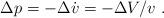
LaTeX: \begin{align*}\Delta p = -\Delta \dot{v} =- \Delta V /v \ .\end{align*}